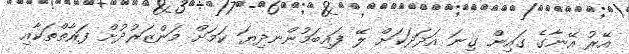
އޭރު އޭނާގެ ގައިން ގިނަ އަދަދަކަށް ލޭ ފައިބަމުންނދިޔަ ކަމަށް މަންޒަރުދުށް ފަރާތްތަކާއި